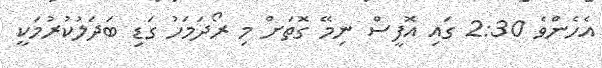
އެހެންވެ 2:30 ގައި އޮފީސް ނިމޭ ގޮތަށް މި ރޯދަމަހު ގަޑި ބަދަލުކުރުމަކީ